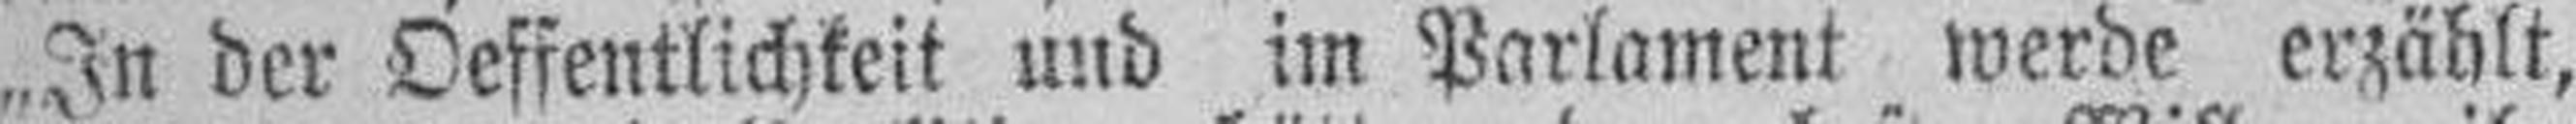
„In der Oeffentlichkeit und im Parlament werde erzählt,